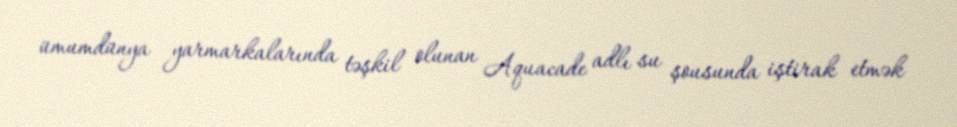
ümumdünya yarmarkalarında təşkil olunan Aquacade adlı su şousunda iştirak etmək